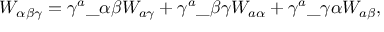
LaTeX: W _ { \alpha \beta \gamma } = \gamma ^ { a } \_ { \alpha \beta } W _ { a \gamma } + \gamma ^ { a } \_ { \beta \gamma } W _ { a \alpha } + \gamma ^ { a } \_ { \gamma \alpha } W _ { a \beta } ,